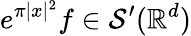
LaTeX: e^{\pi|x|^{2}}f\in{\mathcal{S}}^{\prime}(\mathbb{R}^{d})